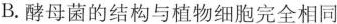
B.酵母菌的结构与植物细胞完全相同